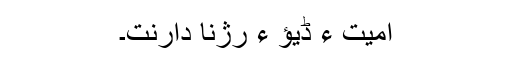
امیت ءِ ڈیؤ ءَ رژنا دارنت۔